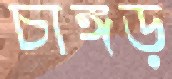
চাঙ্গড়